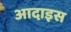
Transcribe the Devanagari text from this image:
आदाइस